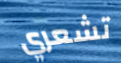
تشعري